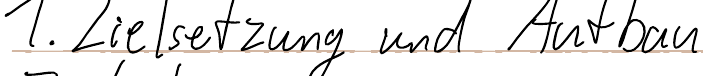
1. Zielsetzung und Aufbau